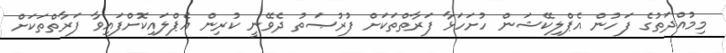
މިމުއްދަތުގެ ފަހުން އެޕްލިކޭޝަން ހުށަހަޅާ ފަރާތްތަކަށް ފުރުޞަތު ދެވޭނީ ކުރިން އެޕްލައިކޮށްފައިވާ ފަރާތްތަކަށް